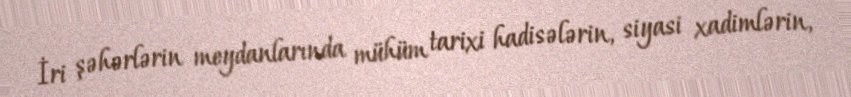
İri şəhərlərin meydanlarında mühüm tarixi hadisələrin, siyasi xadimlərin,